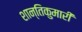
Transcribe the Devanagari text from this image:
शान्तिकुमारी